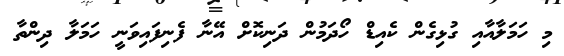
މި ހަމަލާއާއި ގުޅިގެން ކެއިޑް ހޯދަމުން ދަނިކޮށް އޭނާ ފެނިފައިވަނީ ހަމަލާ ދިންތާ